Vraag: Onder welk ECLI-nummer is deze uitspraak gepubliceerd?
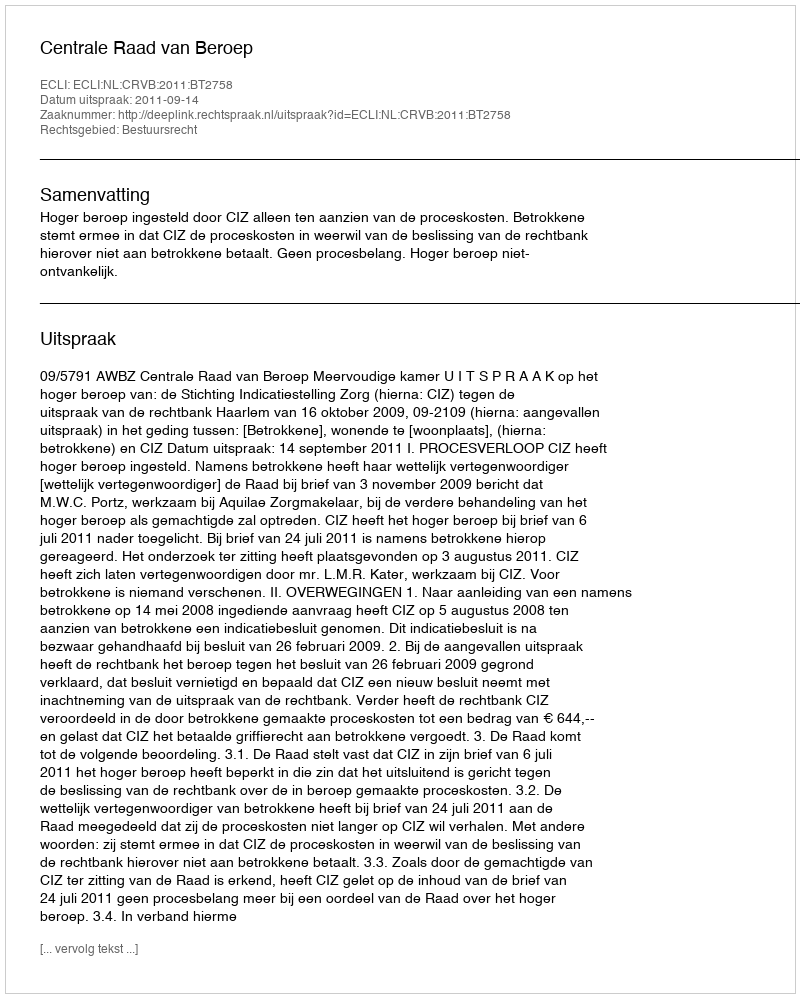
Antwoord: ECLI:NL:CRVB:2011:BT2758